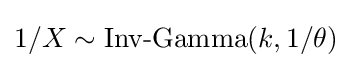
1/X\sim {\mbox{Inv-Gamma}}(k,1/\theta )